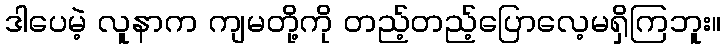
ဒါပေမဲ့ လူနာက ကျမတို့ကို တည့်တည့်ပြောလေ့မရှိကြဘူး။